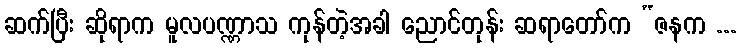
ဆက်ပြီး ဆိုရာက မူလပဏ္ဏာသ ကုန်တဲ့အခါ ညောင်တုန်း ဆရာတော်က “ဇနက ...